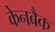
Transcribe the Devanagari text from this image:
केनबैक